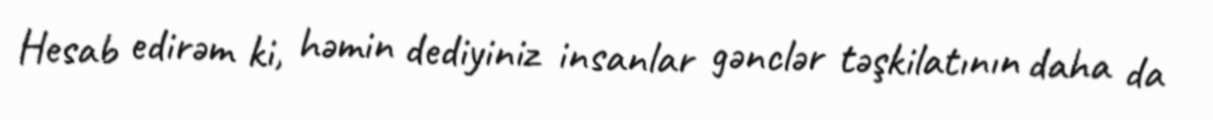
Hesab edirəm ki, həmin dediyiniz insanlar gənclər təşkilatının daha da